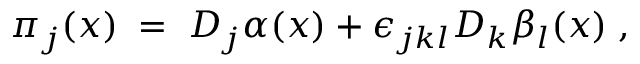
\pi _ { j } ( x ) \; = \; D _ { j } \alpha ( x ) + \epsilon _ { j k l } D _ { k } \beta _ { l } ( x ) \; ,